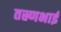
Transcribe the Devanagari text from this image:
तस्र्णभाई